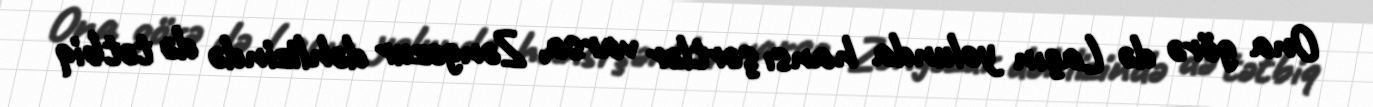
Ona görə də Laçın yolunda hansı şərtlər varsa, Zəngəzur dəhlizində də tətbiq